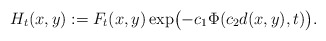
\begin{align*}H_{t}(x,y):=F_{t}(x,y)\exp\bigl(-c_{1}\Phi(c_{2}d(x,y),t)\bigr).\end{align*}